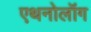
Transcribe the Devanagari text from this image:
एथनोलॉग